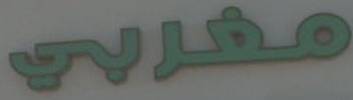
مغربي